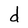
Character: d